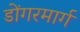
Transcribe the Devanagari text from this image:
डोंगरमार्ग